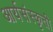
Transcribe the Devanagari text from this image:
आर्यसंस्कृती